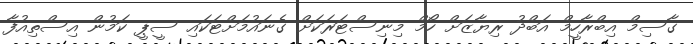
ގާސިމް އިބްރާހީމް އަބްދު ރިޔާޒަށް ހޯމް މިނިސްޓަރަކަށް ގެނައުމަށްޓަކައި ސީޕީ ކަމުން އިސްތިއުފާ